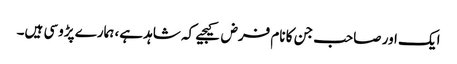
ایک اور صاحب جن کا نام فرض کیجیے کہ شاہد ہے، ہمارے پڑوسی ہیں۔